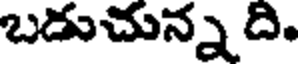
బడుచున్న ది.